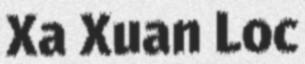
Xa Xuan Loc